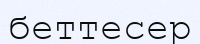
беттесер